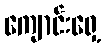
ကျောင်းရှေ့